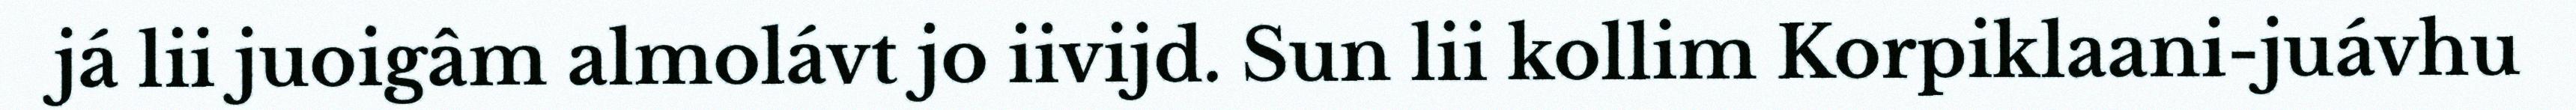
já lii juoigâm almolávt jo iivijd. Sun lii kollim Korpiklaani-juávhu